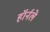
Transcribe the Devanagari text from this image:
हॉर्नले